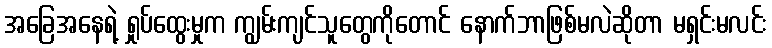
အခြေအနေရဲ့ ရှုပ်ထွေးမှုက ကျွမ်းကျင်သူတွေကိုတောင် နောက်ဘာဖြစ်မလဲဆိုတာ မရှင်းမလင်း